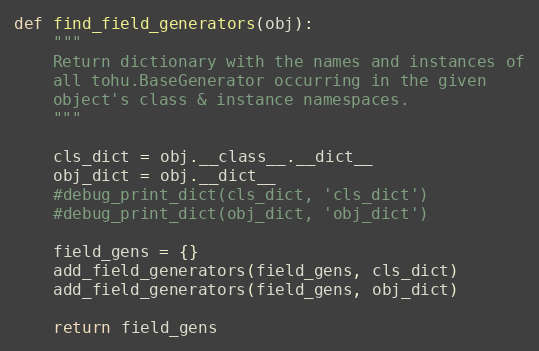
Language: Python
def find_field_generators(obj):
    """
    Return dictionary with the names and instances of
    all tohu.BaseGenerator occurring in the given
    object's class & instance namespaces.
    """

    cls_dict = obj.__class__.__dict__
    obj_dict = obj.__dict__
    #debug_print_dict(cls_dict, 'cls_dict')
    #debug_print_dict(obj_dict, 'obj_dict')

    field_gens = {}
    add_field_generators(field_gens, cls_dict)
    add_field_generators(field_gens, obj_dict)

    return field_gens